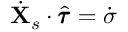
\dot { \mathbf { X } } _ { s } \cdot \hat { \pmb { \tau } } = \dot { \sigma }